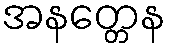
အနတ္တေန